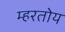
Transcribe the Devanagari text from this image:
म्हरतोय